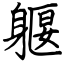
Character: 躽